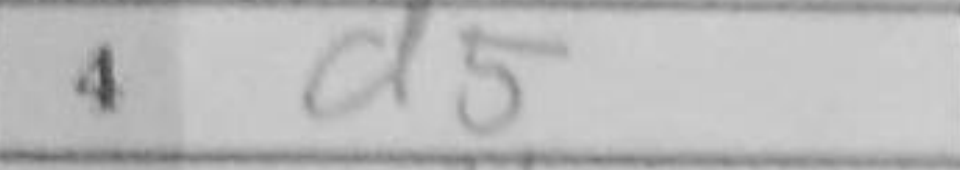
Transcription: d5